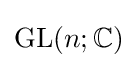
\mathrm {GL} (n;\mathbb {C} )